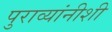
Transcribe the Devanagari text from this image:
पुराव्यांनीशी